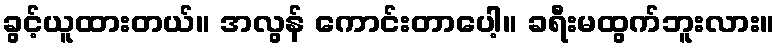
ခွင့်ယူထားတယ်။ အလွန် ကောင်းတာပေါ့။ ခရီးမထွက်ဘူးလား။